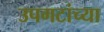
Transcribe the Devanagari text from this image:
उपगटांच्या